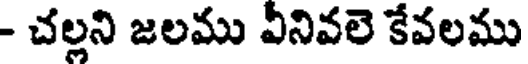
- చల్లని జలము వీనివలె కేవలము